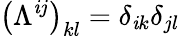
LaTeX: \left(\Lambda^{\mathit{i}j}\right)_{kl}=\delta_{\mathit{i}k}\delta_{jl}